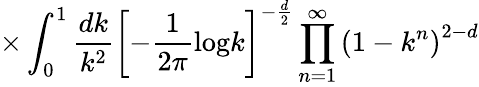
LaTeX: \times\int_{0}^{1}\frac{dk}{k^{2}}\left[-\frac{1}{2\pi}\mathrm{log}k\right]^{-\frac{d}{2}}\prod_{n=1}^{\infty}\left(1-k^{n}\right)^{2-d}